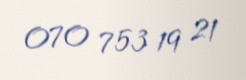
070 753 19 21